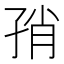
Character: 𰌨